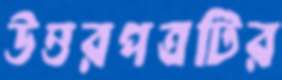
উত্তরপত্রটির